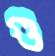
গু